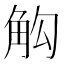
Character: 𮗣